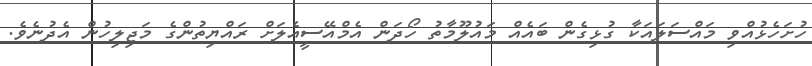
ހުށަހެޅުއްވި މައްސަލައަކާ ގުޅިގެން ބައެއް މައުލޫމާތު ހޯދަން އެމްއޭސީއެލަށް ރައްޔިތުންގެ މަޖިލިހުން އެދުނެވެ.